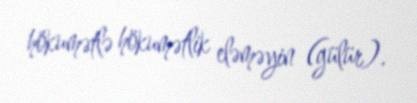
hökumətlə hökumətlik eləməyin (gülür).